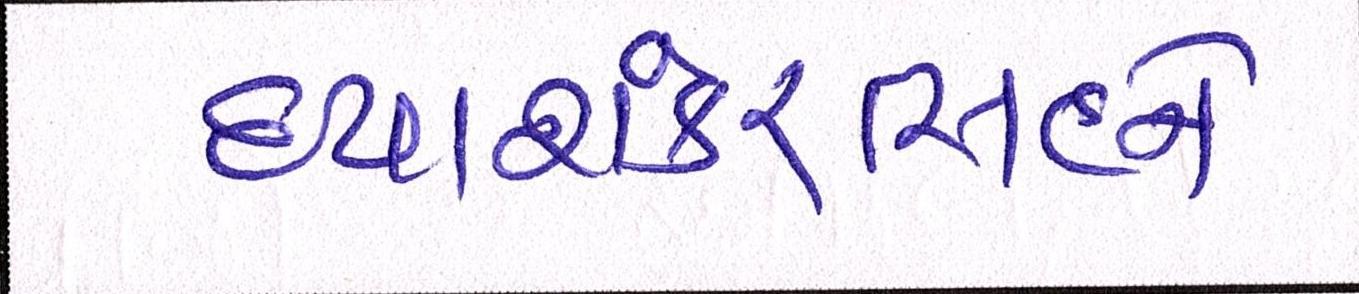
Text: દયાશંકરિંસહને